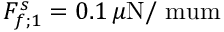
F _ { f ; 1 } ^ { s } = 0 . 1 \, \mu \mathrm { N / \ m u m }